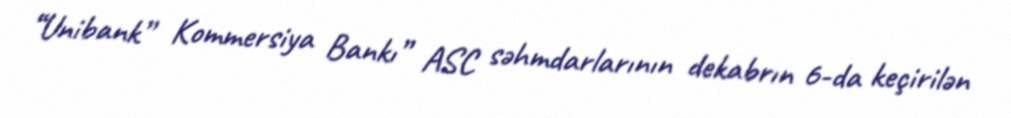
“Unibank” Kommersiya Bankı” ASC səhmdarlarının dekabrın 6-da keçirilən